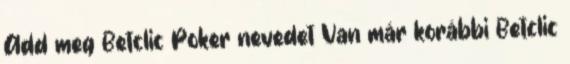
Add meg Betclic Poker nevedet Van már korábbi Betclic